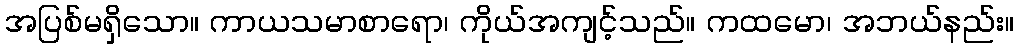
အပြစ်မရှိသော။ ကာယသမာစာရော၊ ကိုယ်အကျင့်သည်။ ကထမော၊ အဘယ်နည်း။